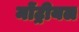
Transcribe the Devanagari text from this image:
मोंट्रीयल